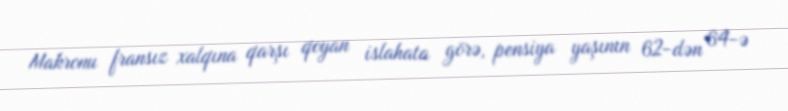
Makronu fransız xalqına qarşı qoyan islahata görə, pensiya yaşının 62-dən 64-ə